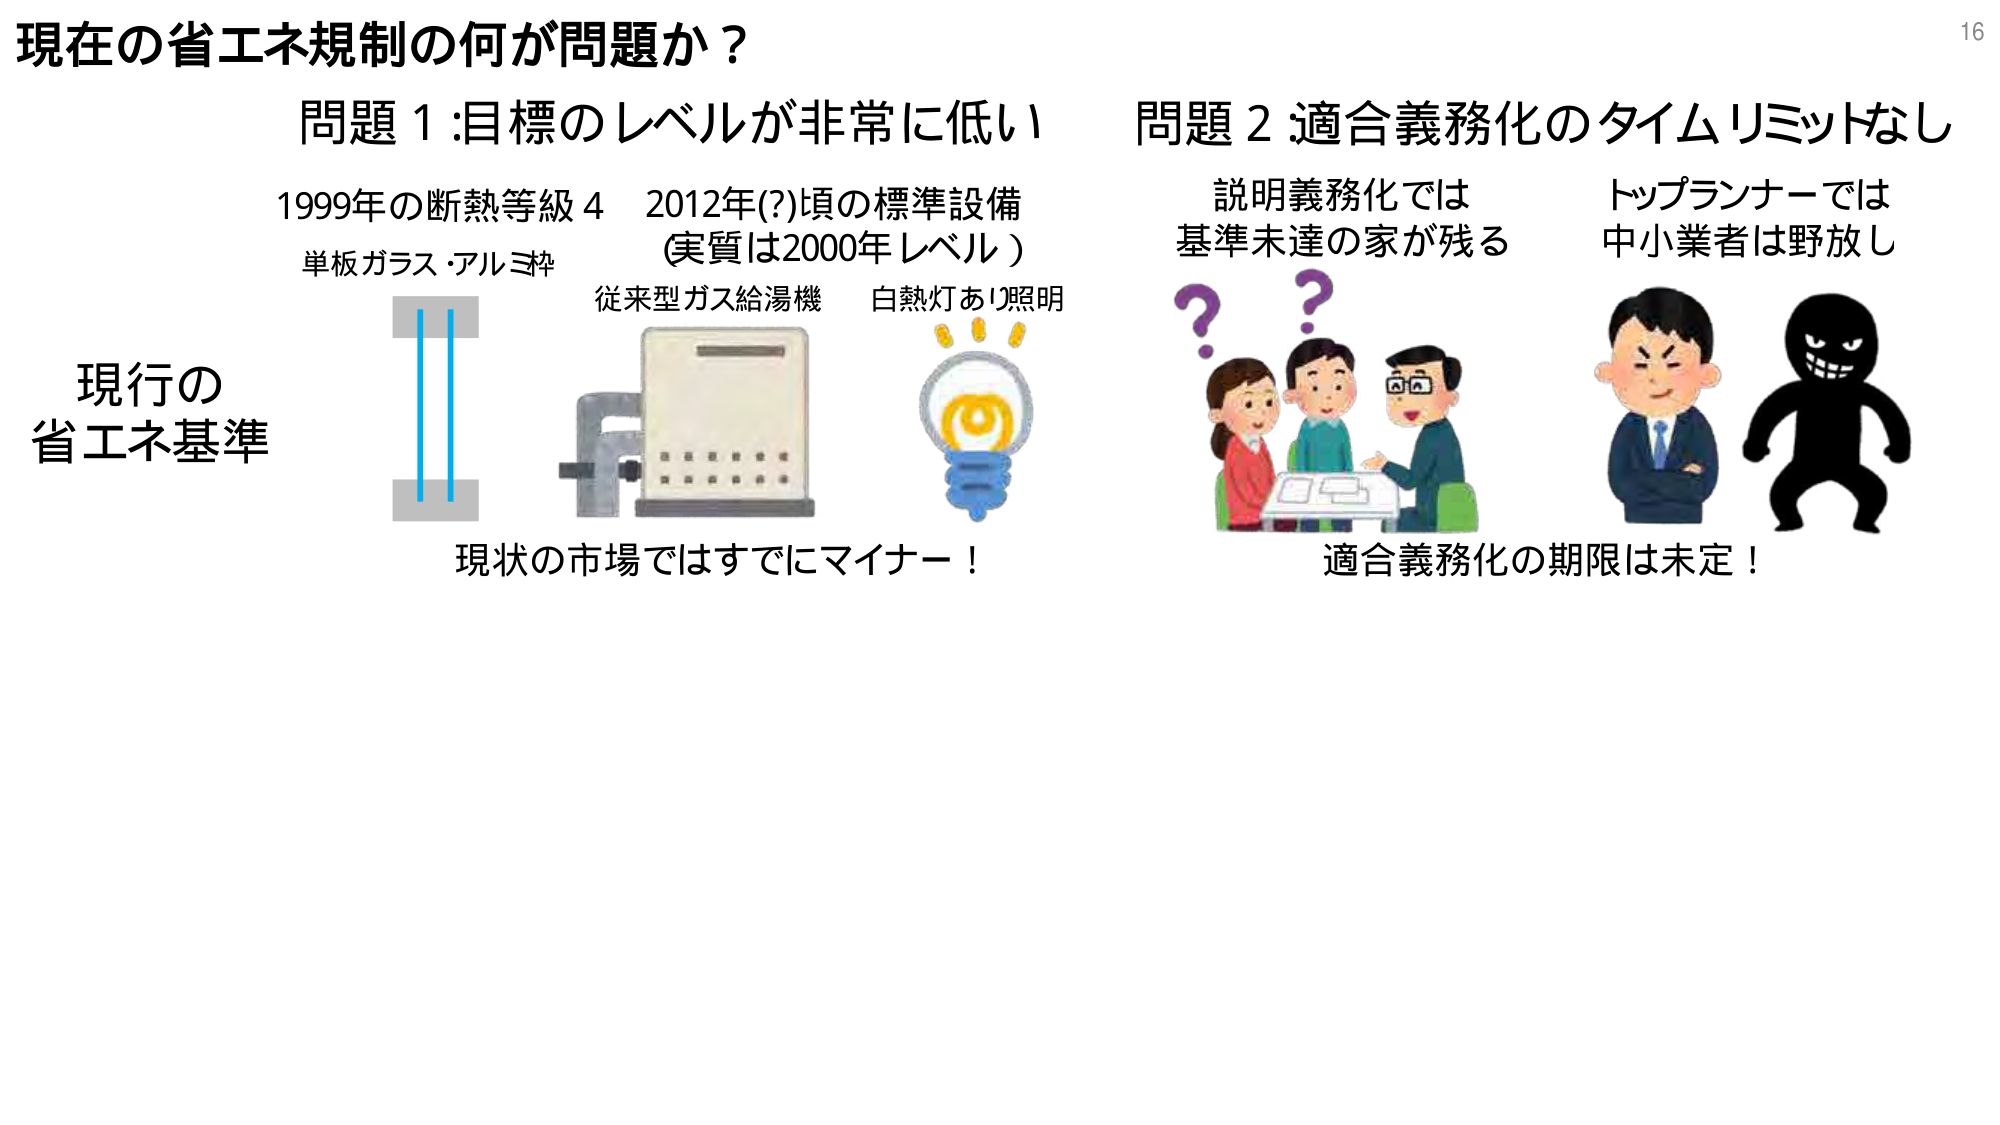
現在の省エネ規制の何が問題か？

問題1:目標のレベルが非常に低い
1999年の断熱等級4
単板ガラス・アルミ枠
2012年(?)頃の標準設備
(実質は2000年レベル)
従来型ガス給湯機
白熱灯あり照明
現行の
省エネ基準
現状の市場ではすでにマイナー！

問題2 適合義務化のタイムリミットなし
説明義務化では
基準未達の家が残る
トップランナーでは
中小業者は野放し
適合義務化の期限は未定！

16